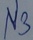
Text: N3